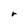
Character: r